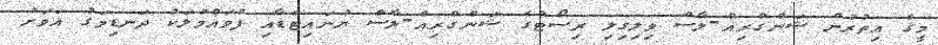
މީގެ އިތުރުން ޝަންގްރިއް-ލާސް ވިލިގިލި ރިސޯޓުގެ ޝަންގްރިއް-ލާސް ޔުނައިޓެޑާއި ފުވައްމުލަކު ދަނޑިމަގު އަވަށު